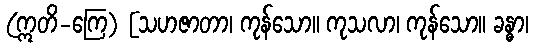
(ဣတိ-ကြေ) [သဟဇာတာ၊ ကုန်သော။ ကုသလာ၊ ကုန်သော။ ခန္ဓာ၊